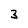
Character: 3